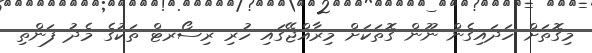
މިގޮތަށް ހަދައިގެން ނޫން ގޮތަކަށް މިރާއްޖޭގައި ހުރި ރިސޯރޓް ތަކުގެ މެދު ފަންތި